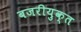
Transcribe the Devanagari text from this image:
बजरीयुक्त